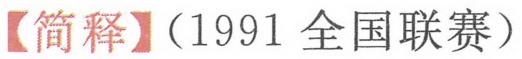
【简释】（1991 全国联赛）